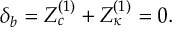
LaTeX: \delta _ { b } = Z _ { c } ^ { ( 1 ) } + Z _ { \kappa } ^ { ( 1 ) } = 0 .